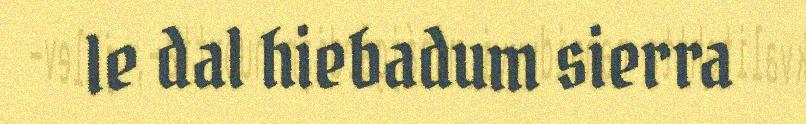
le dal hiebadum sierra